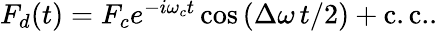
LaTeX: \begin{array}{r}{F_{d}(t)=F_{c}e^{-i\omega_{c}t}\cos{\left(\Delta\omega\, t/2\right)}+\mathrm{c.c.}.}\end{array}